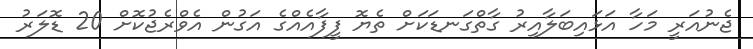
ޖެނުއަރީ މަހާ އަޅައިބަލާއިރު ގާތްގަނޑަކަށް ތެޔޮ ފީފާއެއްގެ އަގުން އެވްރެޖުކޮށް 20 ޑޮލަރު